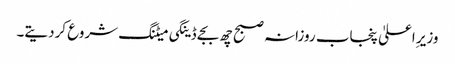
وزیر ِاعلیٰ پنجاب روزانہ صبح چھ بجے ڈینگی میٹنگ شروع کردیتے۔